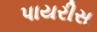
પાયરીસ